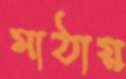
মাঠায়